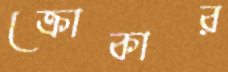
ক্রোকার